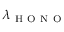
\lambda _ { \mathrm { ~ H ~ O ~ N ~ O ~ } }